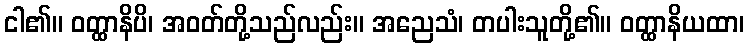
ငါ၏။ ဝတ္ထာနိပိ၊ အဝတ်တို့သည်လည်း။ အညေသံ၊ တပါးသူတို့၏။ ဝတ္ထာနိယထာ၊